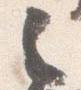
之